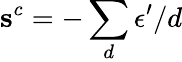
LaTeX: \mathbf{s}^{c}=-\sum_{d}\epsilon^{\prime}/d